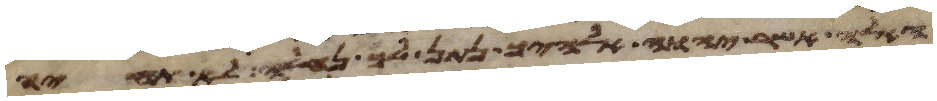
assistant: האלה אשר יהוה אלהיך נתן לך נחלה לא תחיה